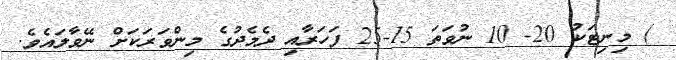
) މިނިޓަކު 20- 10 ނުވަތަ 15-25 ފަހަރާއި ދެމެދުގެ މިންވަރަކަށް ނޭވާލައެވެ.